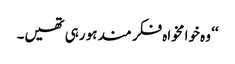
‘‘ وہ خوا مخواہ فکر مند ہو رہی تھیں۔